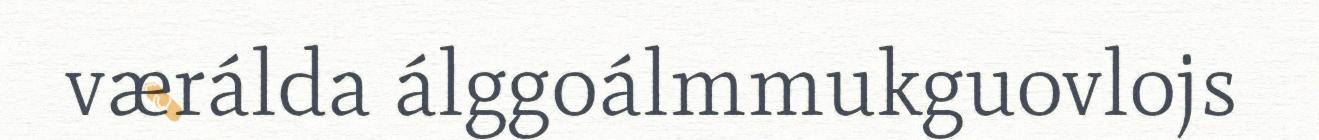
værálda álggoálmmukguovlojs